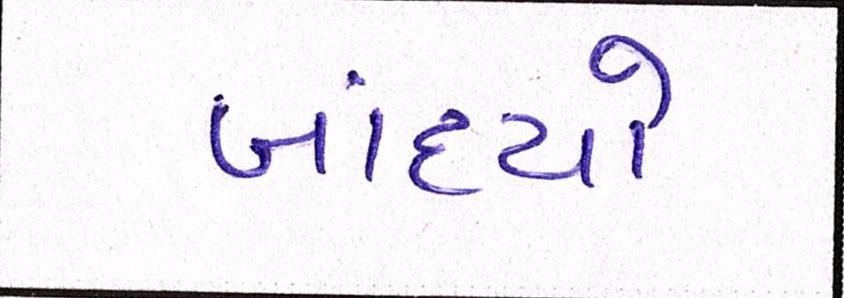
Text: બાંધ્યો